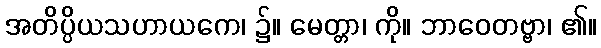
အတိပ္ပိယသဟာယကေ၊ ၌။ မေတ္တာ၊ ကို။ ဘာဝေတဗ္ဗာ၊ ၏။